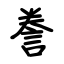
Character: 誊